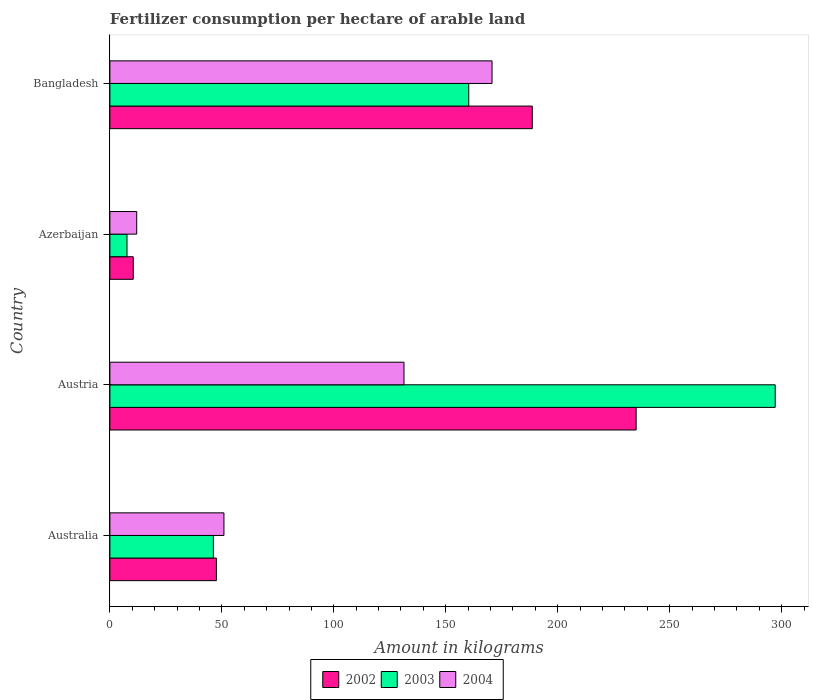
| Country | 2002 | 2003 | 2004 |
 | --- | --- | --- | --- |
 | Australia | 47.6 | 46.2 | 50.9 |
 | Austria | 235 | 297 | 131 |
 | Azerbaijan | 10.4 | 7.64 | 12 |
 | Bangladesh | 189 | 160 | 171 |